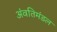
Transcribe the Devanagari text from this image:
अंवतिमंडल